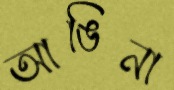
আঙিনা